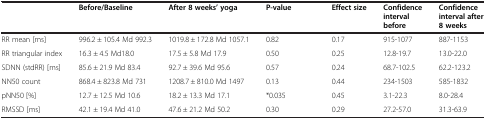
<table><thead><tr><td><b> </b></td><td><b>Before/Baseline</b></td><td><b>After 8 weeks’ yoga</b></td><td><b>P-value</b></td><td><b>Effect size</b></td><td><b>Confidence interval before</b></td><td><b>Confidence interval after 8 weeks</b></td></tr></thead><tbody><tr><td>RR mean [ms]</td><td>996.2 ± 105.4 Md 992.3</td><td>1019.8 ± 172.8 Md 1057.1</td><td>0.82</td><td>0.17</td><td>915-1077</td><td>887-1153</td></tr><tr><td>RR triangular index</td><td>16.3 ± 4.5 Md18.0</td><td>17.5 ± 5.8 Md 17.9</td><td>0.50</td><td>0.25</td><td>12.8-19.7</td><td>13.0-22.0</td></tr><tr><td>SDNN (stdRR) [ms]</td><td>85.6 ± 21.9 Md 83.4</td><td>92.7 ± 39.6 Md 95.6</td><td>0.57</td><td>0.24</td><td>68.7-102.5</td><td>62.2-123.2</td></tr><tr><td>NN50 count</td><td>868.4 ± 823.8 Md 731</td><td>1208.7 ± 810.0 Md 1497</td><td>0.13</td><td>0.44</td><td>234-1503</td><td>585-1832</td></tr><tr><td>pNN50 [%]</td><td>12.7 ± 12.5 Md 10.6</td><td>18.2 ± 13.3 Md 17.1</td><td>*0.035</td><td>0.45</td><td>3.1-22.3</td><td>8.0-28.4</td></tr><tr><td>RMSSD [ms]</td><td>42.1 ± 19.4 Md 41.0</td><td>47.6 ± 21.2 Md 50.2</td><td>0.30</td><td>0.29</td><td>27.2-57.0</td><td>31.3-63.9</td></tr></tbody></table>